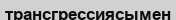
трансгрессиясымен